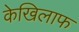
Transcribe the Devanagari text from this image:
केखिलाफ